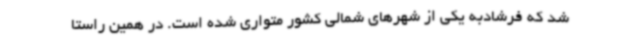
شد که فرشادبه یکی از شهرهای شمالی کشور متواری شده است. در همین راستا